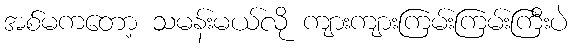
အစ်မကတော့ သမန်းမယ်လို ကျားကျားကြမ်းကြမ်းကြီးပဲ